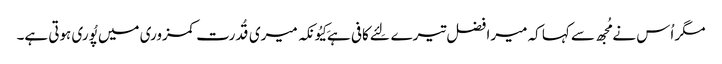
مگر اُس نے مُجھ سے کہا کہ میرا فضل تیرے لِئے کافی ہے کِیُونکہ میری قُدرت کمزوری میں پُوری ہوتی ہے۔